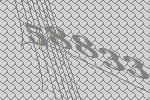
58833